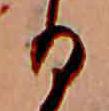
る